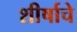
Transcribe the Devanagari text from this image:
शीर्षाचे